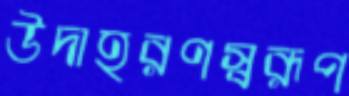
উদাহরণস্বরূপ